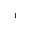
^ { 1 }